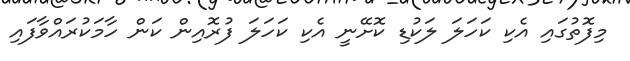
މިފޮތުގައި އެކި ކަހަލަ ލަކުޑި ކޮށޭނީ އެކި ކަހަލަ ފުރޮއިން ކަން ހާމަކުރައްވާފައި